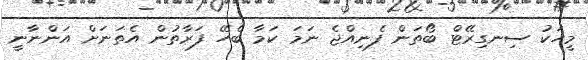
މީހަކު ސިނގިރޭޓް ބޯތަން ފެނިއްޖެ ނަމަ ކަމާ ބެހޭ ފަރާތުން އެތަނަށް އަންނާނީ